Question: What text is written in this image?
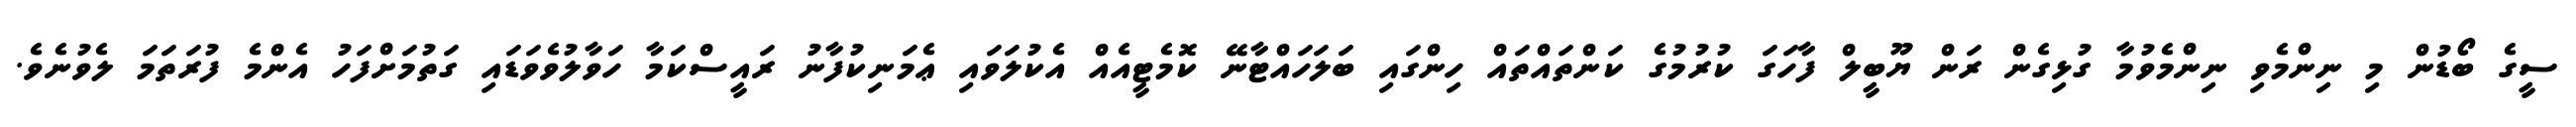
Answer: ސީގެ ބޯޑުން މި ނިންމެވި ނިންމެވުމާ ގުޅިގެން ރަން ޔޫބީލް ފާހަގަ ކުރުމުގެ ކަންތައްތައް ހިންގައި ބަލަހައްޓާނޭ ކޮމެޓީއެއް އެކުލަވައި ޢެމަނިކުފާނު ރައީސްކަމާ ހަވާލުވެވަޑައި ގަތުމަށްފަހު އެންމެ ފުރަތަމަ ލެވުނެވެ.